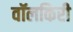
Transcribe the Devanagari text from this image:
वॉलकिरी